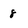
Character: 8